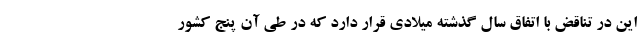
این در تناقض با اتفاق سال گذشته میلادی قرار دارد که در طی آن پنج کشور